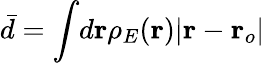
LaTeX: \bar{d}=\int\! d\mathbf{r}\rho_{E}(\mathbf{r})\vert\mathbf{r}-\mathbf{r}_{o}\vert